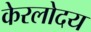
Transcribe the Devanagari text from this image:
केरलोदय